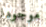
موجودا